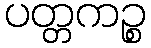
ပတ္တကဉ္စ